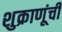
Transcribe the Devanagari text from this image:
शुक्राणूंची